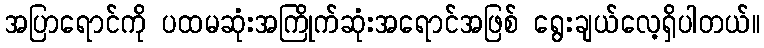
အပြာရောင်ကို ပထမဆုံးအကြိုက်ဆုံးအရောင်အဖြစ် ရွေးချယ်လေ့ရှိပါတယ်။